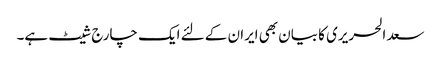
سعد الحریری کا بیان بھی ایران کے لئے ایک چارج شیٹ ہے۔